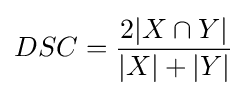
DSC={\frac {2|X\cap Y|}{|X|+|Y|}}